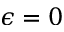
\epsilon = 0